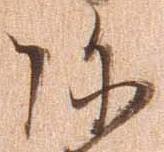
弥